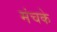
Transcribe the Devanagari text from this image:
मंचके